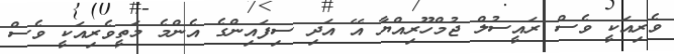
ވެރިއަކީ ވެސް ރައީސުލް ޖުމްހޫރިއްޔާ އޭ އަދި ސިފައިންގެ އެންމެ މަތީވެރިއަކީ ވެސް